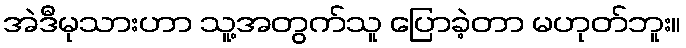
အဲဒီမုသားဟာ သူ့အတွက်သူ ပြောခဲ့တာ မဟုတ်ဘူး။